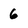
Character: 6